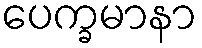
ပေက္ခမာနာ